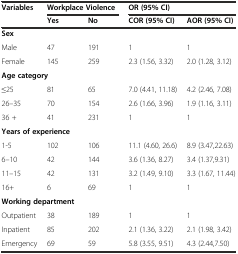
<table><thead><tr><td rowspan="2"><b>Variables</b></td><td colspan="2"><b>Workplace Violence</b></td><td colspan="2"><b>OR (95% CI)</b></td></tr><tr><td><b>Yes</b></td><td><b>No</b></td><td><b>COR (95% CI)</b></td><td><b>AOR (95% CI)</b></td></tr></thead><tbody><tr><td colspan="5"><b>Sex</b></td></tr><tr><td>Male</td><td>47</td><td>191</td><td>1</td><td>1</td></tr><tr><td>Female</td><td>145</td><td>259</td><td>2.3 (1.56, 3.32)</td><td>2.0 (1.28, 3.12)</td></tr><tr><td colspan="5"><b>Age category</b></td></tr><tr><td>≤25</td><td>81</td><td>65</td><td>7.0 (4.41, 11.18)</td><td>4.2 (2.46, 7.08)</td></tr><tr><td>26–35</td><td>70</td><td>154</td><td>2.6 (1.66, 3.96)</td><td>1.9 (1.16, 3.11)</td></tr><tr><td>36 +</td><td>41</td><td>231</td><td>1</td><td>1</td></tr><tr><td colspan="5"><b>Years of experience</b></td></tr><tr><td>1-5</td><td>102</td><td>106</td><td>11.1 (4.60, 26.6)</td><td>8.9 (3.47,22.63)</td></tr><tr><td>6–10</td><td>42</td><td>144</td><td>3.6 (1.36, 8.27)</td><td>3.4 (1.37,9.31)</td></tr><tr><td>11–15</td><td>42</td><td>131</td><td>3.2 (1.49, 9.10)</td><td>3.3 (1.67, 11.44)</td></tr><tr><td>16+</td><td>6</td><td>69</td><td>1</td><td>1</td></tr><tr><td colspan="5"><b>Working department</b></td></tr><tr><td>Outpatient</td><td>38</td><td>189</td><td>1</td><td>1</td></tr><tr><td>Inpatient</td><td>85</td><td>202</td><td>2.1 (1.36, 3.22)</td><td>2.1 (1.98, 3.42)</td></tr><tr><td>Emergency</td><td>69</td><td>59</td><td>5.8 (3.55, 9.51)</td><td>4.3 (2.44,7.50)</td></tr></tbody></table>